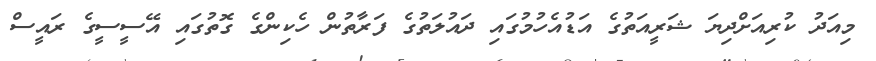
މިއަދު ކުރިއަށްދިޔަ ޝަރީއަތުގެ އަޑުއެހުމުގައި ދައުލަތުގެ ފަރާތުން ހެކިންގެ ގޮތުގައި އޭސީސީގެ ރައީސް